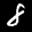
Label: 8